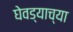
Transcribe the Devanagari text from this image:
घेवड्याच्या